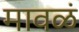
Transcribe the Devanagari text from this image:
मावळं